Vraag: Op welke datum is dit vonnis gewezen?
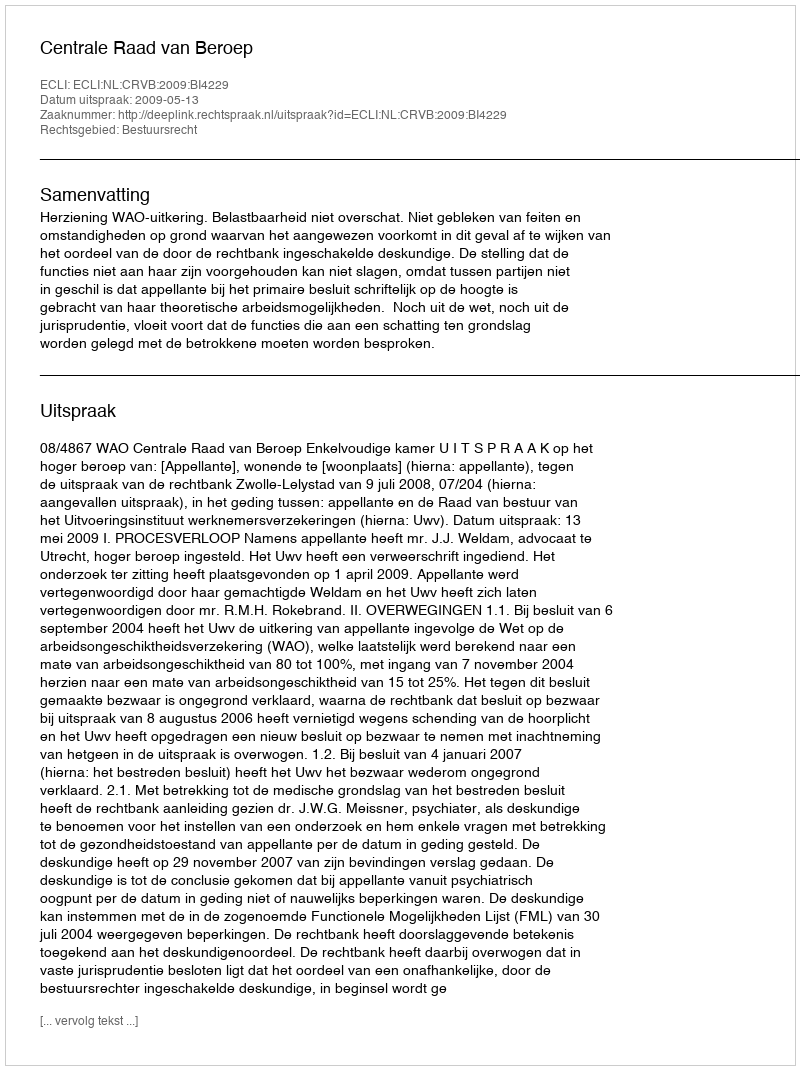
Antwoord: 2009-05-13